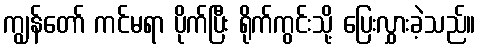
ကျွန်တော် ကင်မရာ ပိုက်ပြီး ရိုက်ကွင်းသို့ ပြေးလွှားခဲ့သည်။